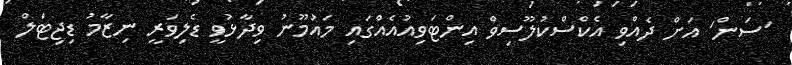
'ސަން' އަށް ދެއްވި އެކްސްކުލޫސިވް އިންޓަވިއުއެއްގައި މައުމޫނު ވިދާޅުވީ ޑެލިވަރީ ނިޒާމު ޑިޖިޓަލް